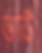
ভাউ